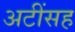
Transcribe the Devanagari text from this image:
अटींसह